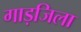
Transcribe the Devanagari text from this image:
गाड़जिला